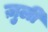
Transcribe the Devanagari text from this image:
ज़ुली